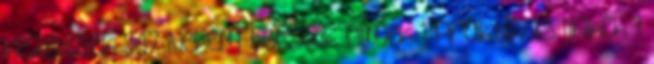
kezelések 547 Nekem tetszik filmek 1 Praktikus linkek 1